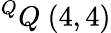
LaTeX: ^{Q}Q\ (4,4)